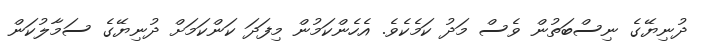
ދުނިޔޭގެ ނިސްބަތުން ވެސް މަދު ކަމެކެވެ. އެހެންކަމުން މިފަދަ ކަންކަމަށް ދުނިޔޭގެ ސަމާލުކަން